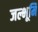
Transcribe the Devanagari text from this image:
जल्भूमि